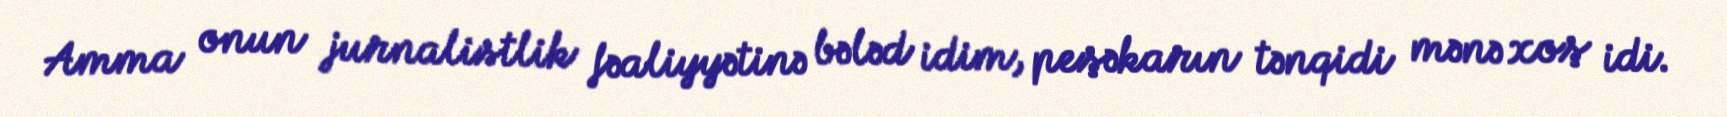
Amma onun jurnalistlik fəaliyyətinə bələd idim, peşəkarın tənqidi mənə xoş idi.